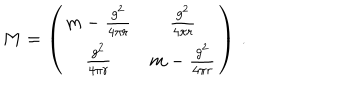
M = \left( \begin{matrix} { { m - { \frac { g ^ { 2 } } { 4 \pi r } } } } & { { { \frac { g ^ { 2 } } { 4 \pi r } } } } \\ { { { \frac { g ^ { 2 } } { 4 \pi r } } } } & { { m - { \frac { g ^ { 2 } } { 4 \pi r } } } } \\ \end{matrix} \right) \, .